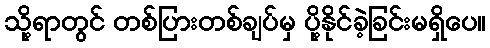
သို့ရာတွင် တစ်ပြားတစ်ချပ်မှ ပို့နိုင်ခဲ့ခြင်းမရှိပေ။